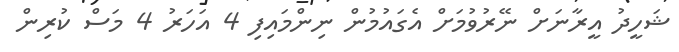
ޝަހީދު އީރާނަށް ނޭރުވުމަށް އެގައުމުން ނިންމައިފި 4 އަހަރު 4 މަސް ކުރިން